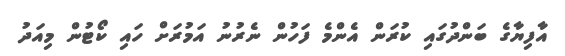
އާފިޔާގެ ބަންދުގައި ކުރަން އެންމެ ފަހުން ނެރުނު އަމުރަށް ހައި ކޯޓުން މިއަދު